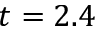
t = 2 . 4